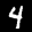
Label: 4